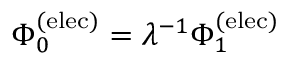
\Phi _ { 0 } ^ { \mathrm { ( e l e c ) } } = \lambda ^ { - 1 } \Phi _ { 1 } ^ { \mathrm { ( e l e c ) } }